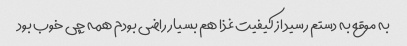
به موقع به دستم رسید از کیفیت غذا هم بسیار راضی بودم همه چی خوب بود